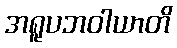
အရူပဘဝါယာတိ